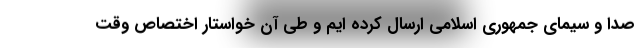
صدا و سیمای جمهوری اسلامی ارسال کرده ایم و طی آن خواستار اختصاص وقت